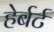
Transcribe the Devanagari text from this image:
हेर्बर्ट